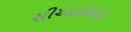
સીઆઈએચ